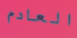
العادم